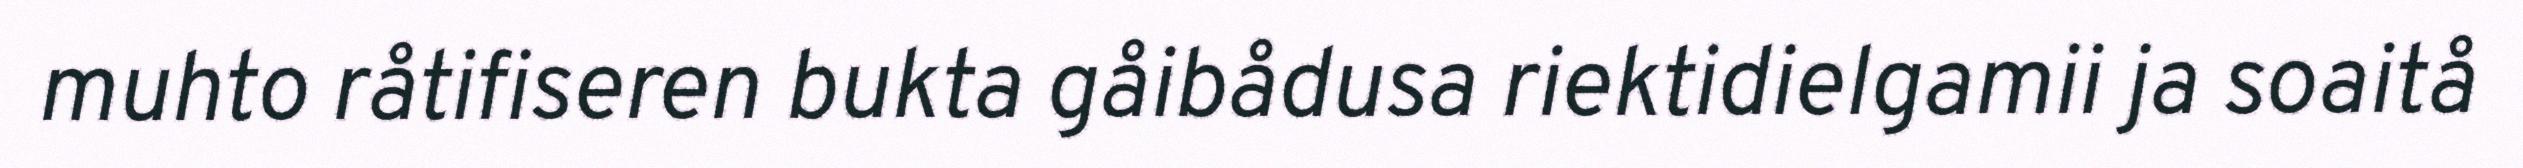
muhto råtifiseren bukta gåibådusa riektidielgamii ja soaitå